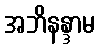
အဘိနန္ဒာမ